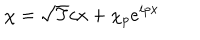
LaTeX: \chi = \sqrt { T } c x + \chi _ { p } { e } ^ { i p x }